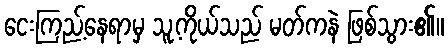
ငေးကြည့်နေရာမှ သူ့ကိုယ်သည် မတ်ကနဲ ဖြစ်သွား၏။